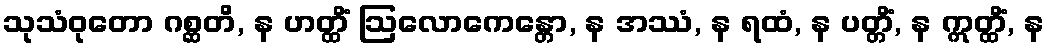
သုသံဝုတော ဂစ္ဆတိ, န ဟတ္ထိံ ဩလောကေန္တော, န အဿံ, န ရထံ, န ပတ္တိံ, န ဣတ္ထိံ, န